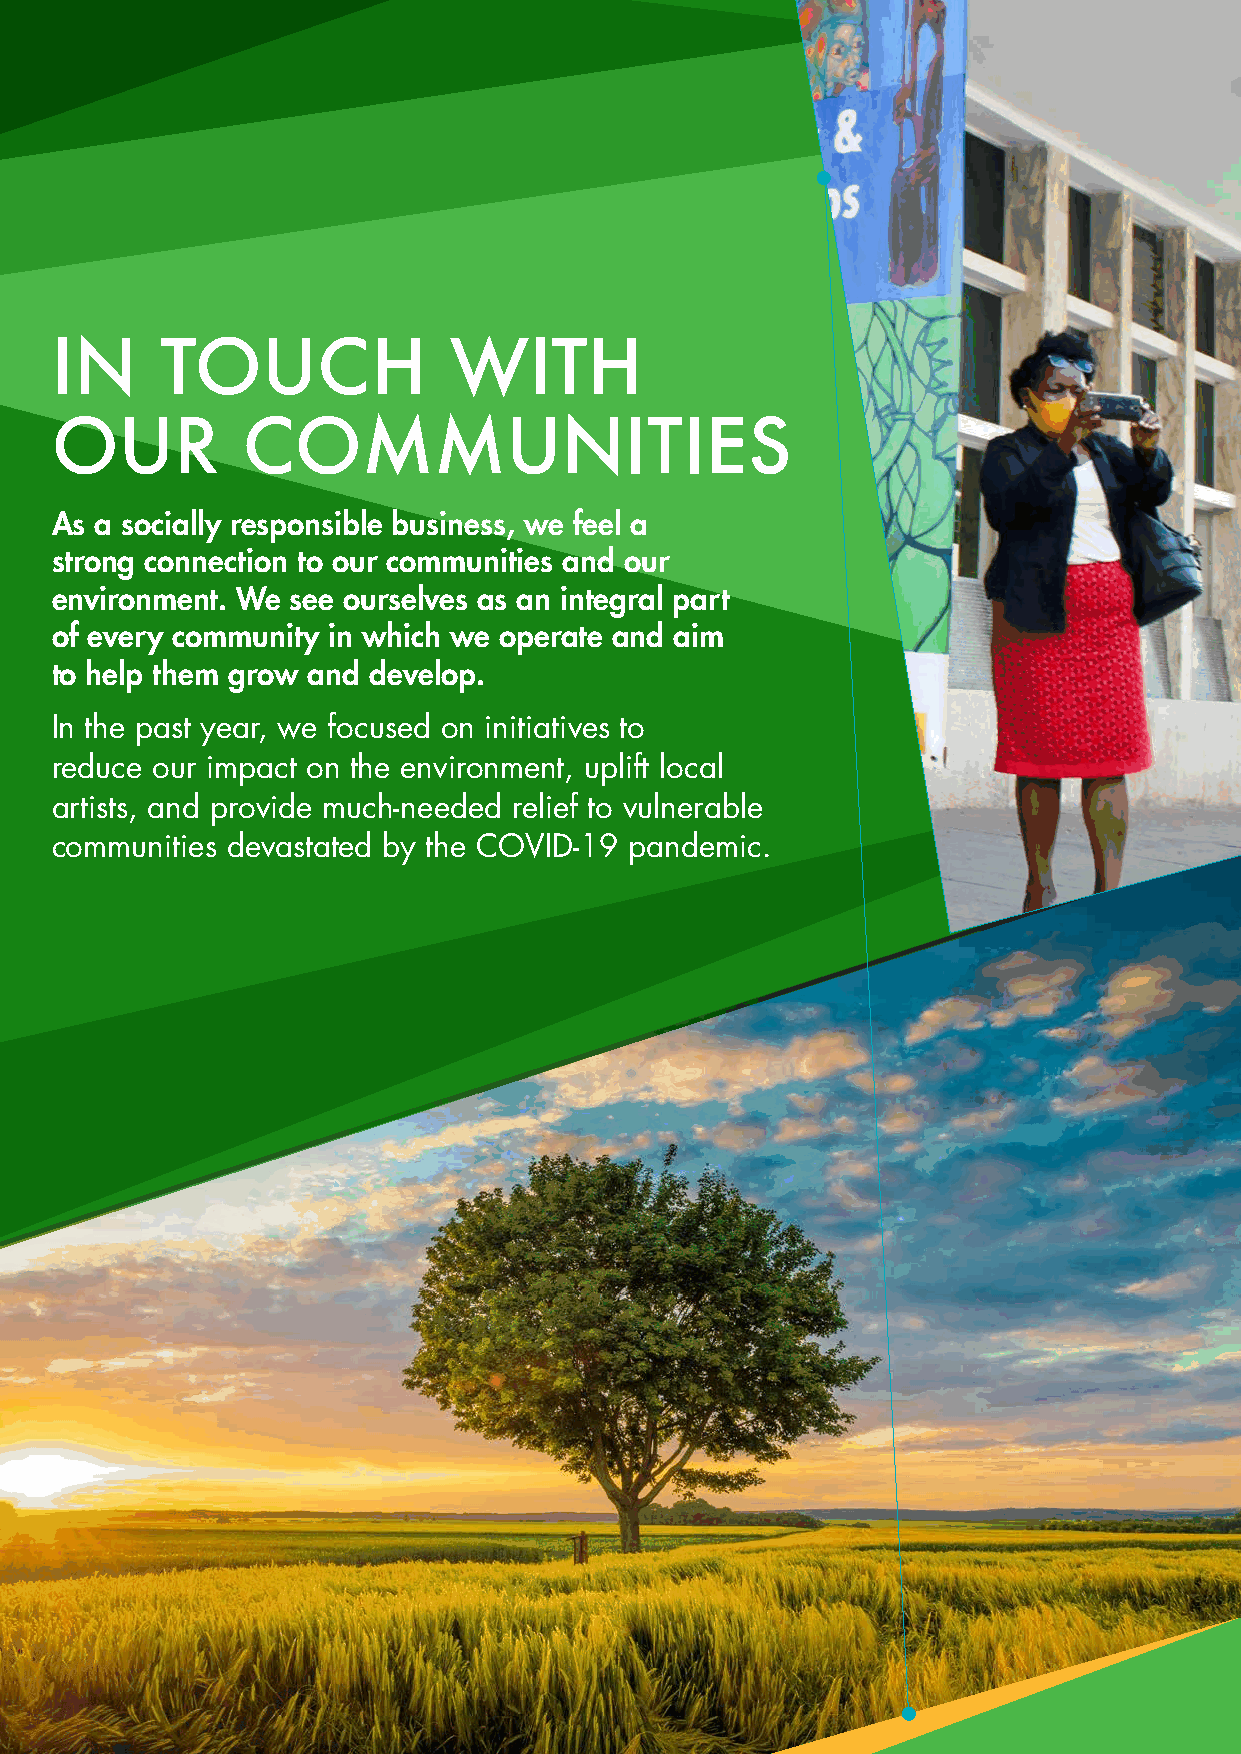
IN      TOUCH              WITH
 OUR          COMMUNITIES
 As a socially responsible business, we feel a
 strong connection to our communities and our
 environment. We see ourselves as an integral part
 of every community in which we operate and aim
 to help them grow and develop.
 In the past year, we focused on initiatives to
 reduce our impact on the environment, uplift local
 artists, and provide much-needed relief to vulnerable
 communities devastated by the COVID-19 pandemic.